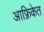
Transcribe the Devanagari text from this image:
आफ़्रिकेत